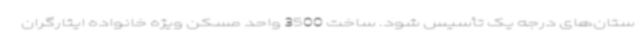
ستان‌های درجه یک تأسیس شود. ساخت 3500 واحد مسکن ویژه خانواده ایثارگران